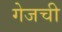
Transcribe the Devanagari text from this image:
गेजची